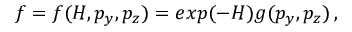
\begin{array} { r } { f = f ( H , p _ { y } , p _ { z } ) = e x p ( - H ) g ( p _ { y } , p _ { z } ) \, , } \end{array}